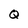
Character: Q